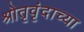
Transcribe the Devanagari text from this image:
श्रोतृवृंदाच्या